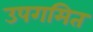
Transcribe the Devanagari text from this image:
उपगमित